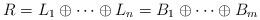
LaTeX: \begin{align*}R = L_1 \oplus \cdots \oplus L_n = B_1 \oplus \cdots \oplus B_m\end{align*}